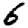
Digit: 6